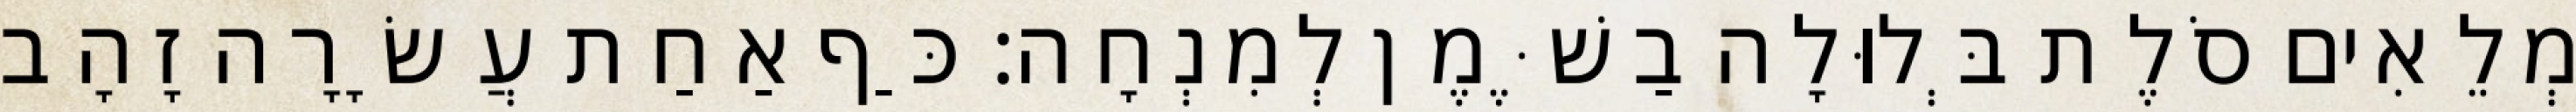
מְלֵאִים סֹלֶת בְּלוּלָה בַשֶּׁמֶן לְמִנְחָה׃ כַּף אַחַת עֲשָׂרָה זָהָב